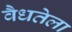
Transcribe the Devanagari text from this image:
वैधतेला